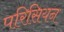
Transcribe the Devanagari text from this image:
परिसियन